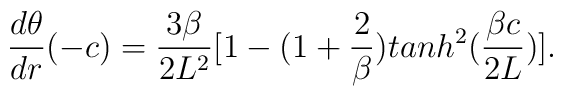
{{d\theta}\over {dr}}(-c) = {{3\beta}\over {2L^2}}[1 - (1 +{{2}\over {\beta}})tanh^2({{\beta c} \over {2L}})].